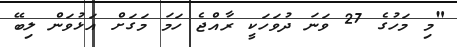
"މި މަހުގެ 27 ވަނަ ދުވަހަކީ ރާއްޖެ ހަމަ މަގަށް އަޅުވަން ލިބޭ